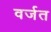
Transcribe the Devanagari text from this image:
वर्जत